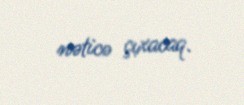
nəticə çıxacaq.